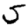
Digit: 5